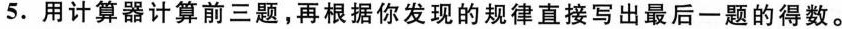
5.用计算器计算前三题，再根据你发现的规律直接写出最后一题的得数。